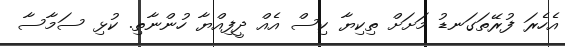
އެހެރަ ފުރޭތަގަނޑު މަށަށް ތިކިޔާ ކިސް އެއް ދީފިއްޔާ ހުންނާތި. ކުޅި ސަމާސާ